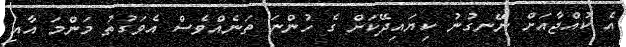
އެ ކުއްޖާއަށް ނޭނގުނު ކިޔައިދޭކަށް ގެ ހުންނަ ތަނެއްވެސް އެވަގުތު މަންމަ އާއި